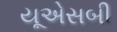
યૂએસબી